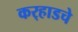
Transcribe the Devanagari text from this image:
कर्‍हाडचे